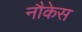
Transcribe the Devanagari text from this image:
नौकेस